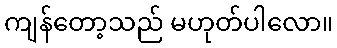
ကျန်တော့သည် မဟုတ်ပါလော။